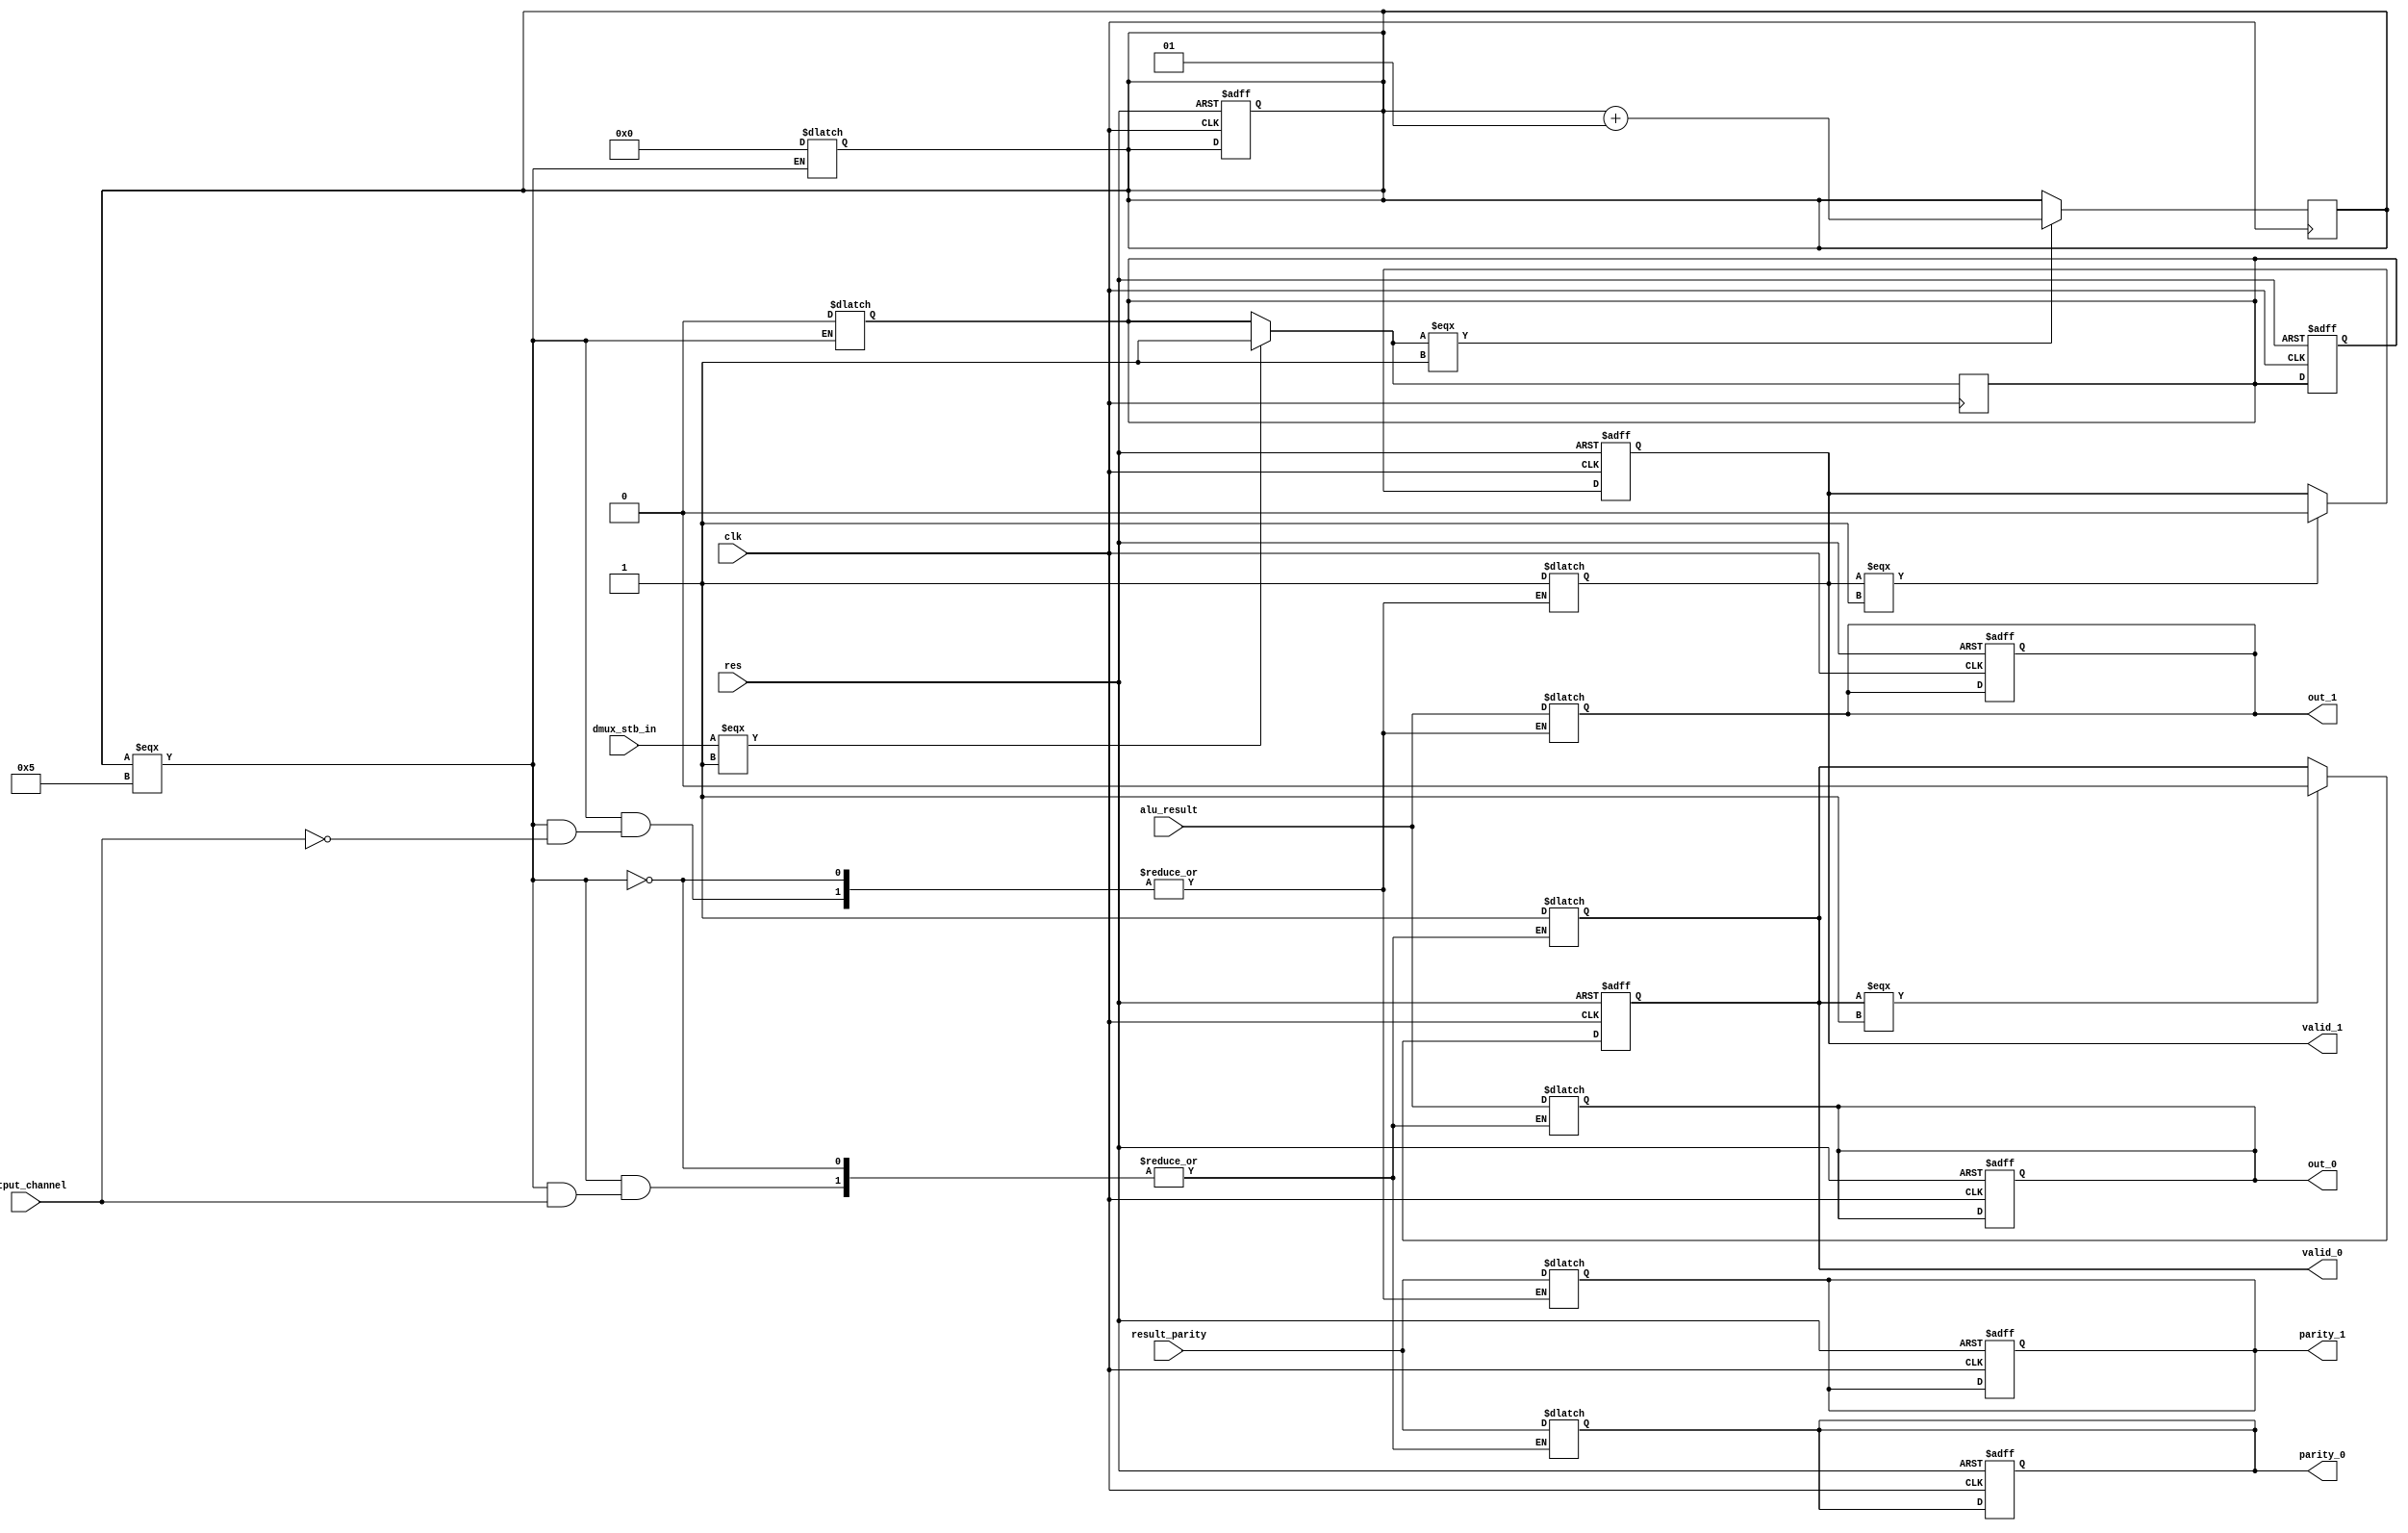
/////////////////////////////////////////////////////////////////////
////                                                             ////
////      This project has been provided to you on behalf of:    ////
////                                                             ////
////      	S.C. ASICArt S.R.L.                              ////
////				www.asicart.com                  ////
////				eli_f@asicart.com                ////
////                                                             ////
////        Mobile: +40-740-936997                               ////
////                                                             ////
////      Downloaded from: http://www.opencores.org/             ////
////                                                             ////
/////////////////////////////////////////////////////////////////////
////                                                             ////
//// Copyright (C) 2007 Dragos Constantin Doncean                ////
////                         www.asicart.com                     ////
////                         doncean@asicart.com                 ////
////                                                             ////
//// This source file may be used and distributed without        ////
//// restriction provided that this copyright statement is not   ////
//// removed from the file and that any derivative work contains ////
//// the original copyright notice and the associated disclaimer.////
////                                                             ////
////     THIS SOFTWARE IS PROVIDED ``AS IS'' AND WITHOUT ANY     ////
//// EXPRESS OR IMPLIED WARRANTIES, INCLUDING, BUT NOT LIMITED   ////
//// TO, THE IMPLIED WARRANTIES OF MERCHANTABILITY AND FITNESS   ////
//// FOR A PARTICULAR PURPOSE. IN NO EVENT SHALL THE AUTHOR      ////
//// OR CONTRIBUTORS BE LIABLE FOR ANY DIRECT, INDIRECT,         ////
//// INCIDENTAL, SPECIAL, EXEMPLARY, OR CONSEQUENTIAL DAMAGES    ////
//// (INCLUDING, BUT NOT LIMITED TO, PROCUREMENT OF SUBSTITUTE   ////
//// GOODS OR SERVICES; LOSS OF USE, DATA, OR PROFITS; OR        ////
//// BUSINESS INTERRUPTION) HOWEVER CAUSED AND ON ANY THEORY OF  ////
//// LIABILITY, WHETHER IN  CONTRACT, STRICT LIABILITY, OR TORT  ////
//// (INCLUDING NEGLIGENCE OR OTHERWISE) ARISING IN ANY WAY OUT  ////
//// OF THE USE OF THIS SOFTWARE, EVEN IF ADVISED OF THE         ////
//// POSSIBILITY OF SUCH DAMAGE.                                 ////
////                                                             ////
/////////////////////////////////////////////////////////////////////


//DMUX

module DMUX(clk, res, dmux_stb_in,
	alu_result, result_parity,
	output_channel,
	valid_0, valid_1,
	out_0, out_1,
	parity_0, parity_1);

input clk, res, dmux_stb_in;
input [15:0] alu_result;
input result_parity;
input output_channel;
output valid_0, valid_1;
output [15:0] out_0, out_1;
output parity_0, parity_1;

reg valid_0, valid_1;
reg [15:0] out_0, out_1;
reg parity_0, parity_1;

reg dmux_stb_in_was_1;
integer i;

always @ (posedge clk or posedge res)
begin
	if(res)
	begin
		valid_0 = 0;
		valid_1 = 0;
		out_0 = 16'b0;
		out_1 = 16'b0;
		parity_0 = 0;
		parity_1 = 0;
		dmux_stb_in_was_1 = 0;
		i = 0;
	end
	else
	begin
		if(valid_0 === 1) 
			valid_0 = 0;
		if(valid_1 === 1)
			valid_1 = 0;
	end
end

always @ (posedge clk)
begin
	if(dmux_stb_in === 1)
		dmux_stb_in_was_1 = 1;
	if(dmux_stb_in_was_1 === 1)
		i = i + 1;
end

always @ (i)
if (i === 5)
begin
		case(output_channel)
		1'b0: 
		begin
			out_0 = alu_result;
			parity_0 = result_parity;
			valid_0 = 1;
		end
		1'b1:
		begin
			out_1 = alu_result;
			parity_1 = result_parity;
			valid_1 = 1;
		end
	endcase
	i = 0;
	dmux_stb_in_was_1 = 0;
end
	
endmodule